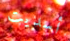
أسديت